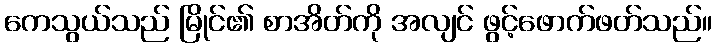
ကေသွယ်သည် မြိုင်၏ စာအိတ်ကို အလျင် ဖွင့်ဖောက်ဖတ်သည်။